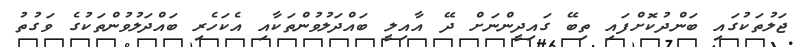
ޖަލުތަކުގައި ބަންދުކޮށްފައި ތިބޭ ގައިދީންނަށް ދޭ އާއިލީ ބައްދަލުވުންތަކާއި އެކަހެރި ބައްދަލުވުންތަކުގެ ވަގުތު